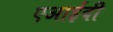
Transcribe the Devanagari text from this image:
एआईबी